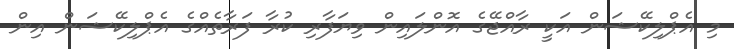
މި އެޕްލިކޭޝަން އަކީ ރާއްޖޭގެ އޮންލައިން ވިޔަފާރި ކުރާ ފަރާތެއްގެ އެޕްލިކޭޝަން އިން